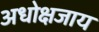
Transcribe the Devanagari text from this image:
अधोक्षजाय